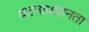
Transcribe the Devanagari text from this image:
घटनाप्रधानता